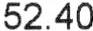
52.40